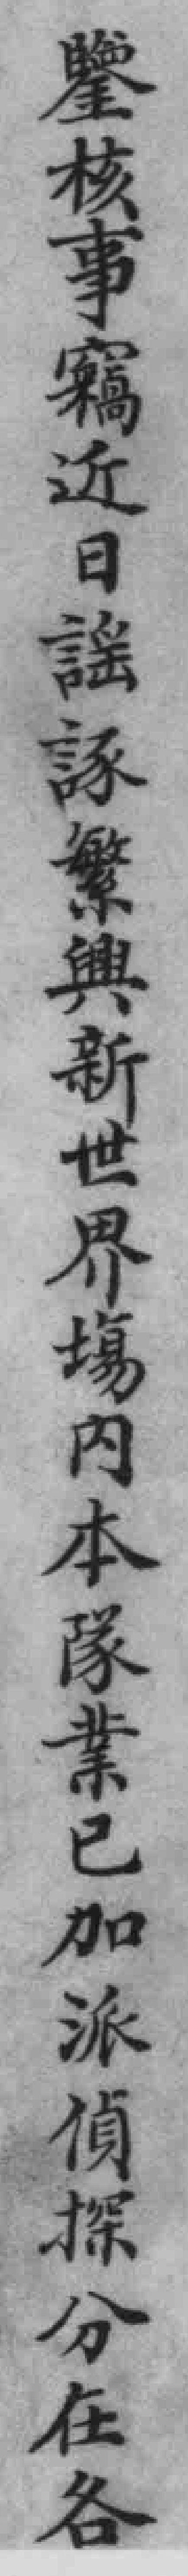
鑒核事竊近日謠諑繁興新世界場內本隊業已加派偵探分在各